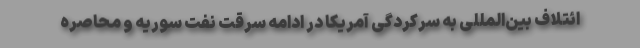
ائتلاف بین‌المللی به سرکردگی آمریکا در ادامه سرقت نفت سوریه و محاصره